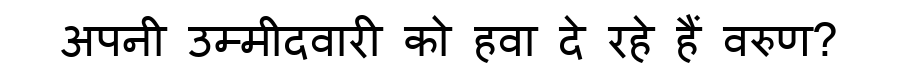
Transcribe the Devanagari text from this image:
अपनी उम्मीदवारी को हवा दे रहे हैं वरुण?